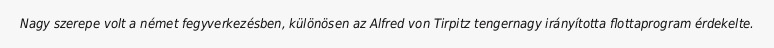
Nagy szerepe volt a német fegyverkezésben, különösen az Alfred von Tirpitz tengernagy irányította flottaprogram érdekelte.